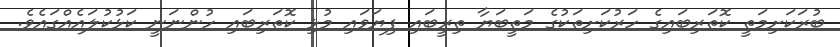
ބުރަކަށިމަތީ ކޮތަރިބައިގެ ހަރުކަށިތަކުގެ މަތީބަޔާ ތިރީބައި ފިޔަވައި މުޅި ކޮތަރިބައި ހުންނަނީ ކަޅުކުލައެއްގައެވެ.